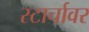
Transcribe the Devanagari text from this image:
स्टार्चावर